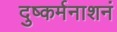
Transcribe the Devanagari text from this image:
दुष्कर्मनाशनं